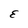
Character: E